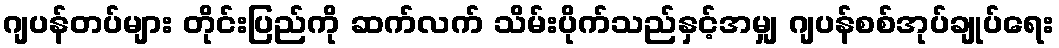
ဂျပန်တပ်များ တိုင်းပြည်ကို ဆက်လက် သိမ်းပိုက်သည်နှင့်အမျှ ဂျပန်စစ်အုပ်ချုပ်ရေး